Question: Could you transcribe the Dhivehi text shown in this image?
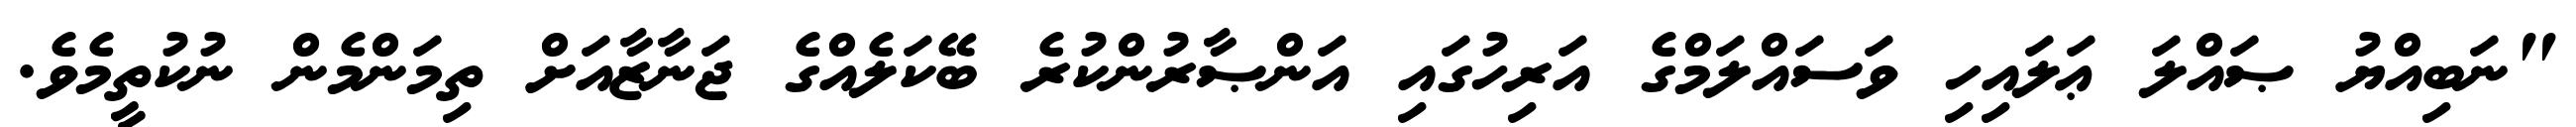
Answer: "ނަބިއްޔު ޞައްލަ ޢަލައިހި ވަސައްލަމްގެ އަރިހުގައި އަންޞާރުންކުރެ ބޭކަލެއްގެ ޖަނާޒާއަށް ތިމަންމެން ނުކުތީމެވެ.